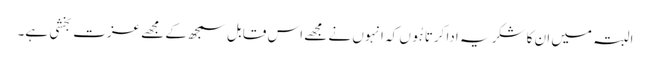
البتہ میں ان کا شکریہ ادا کرتا ہُوں کہ انہوں نے مجھے اس قابل سمجھ کے مجھے عزت بخشی ہے۔